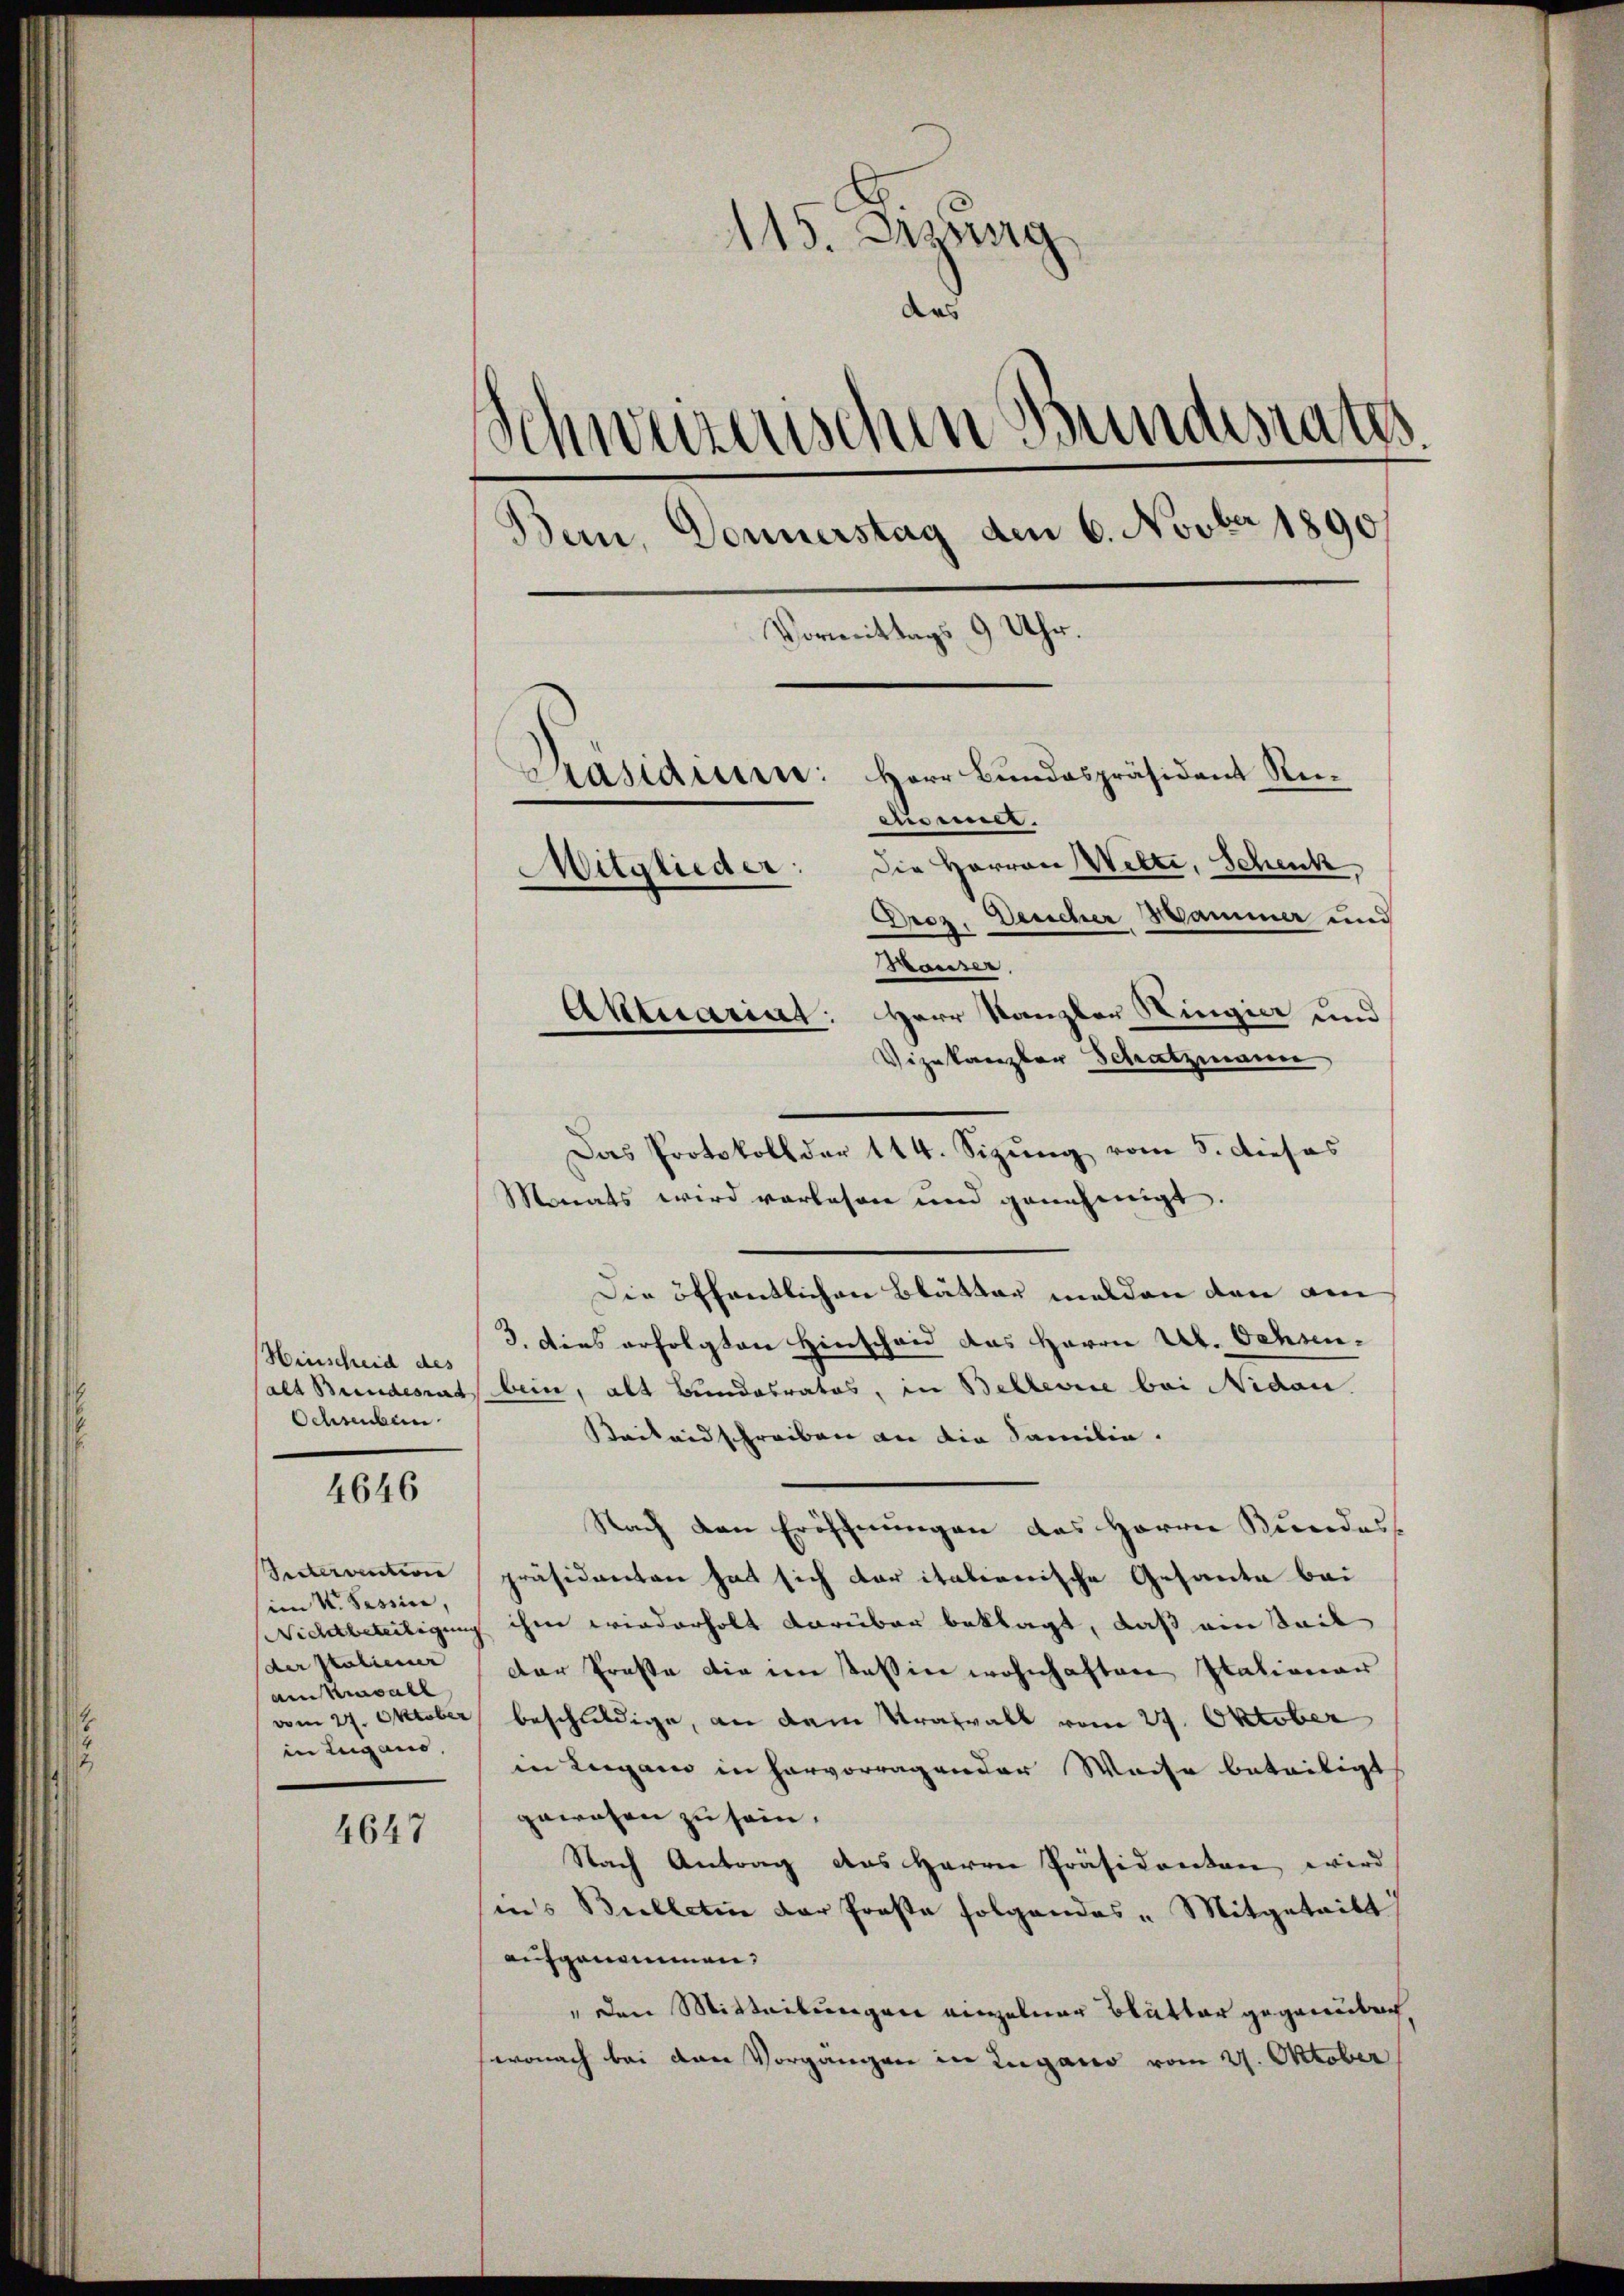
Hinscheid des
alt Bundesrat
Schreiben

4646

Sectervention
im 4. Tessin,
Nichtbeteiligung
der Statienner
aknall
vom 27. Oktober
in Lugano,

4647

115. Dirung
das
¬
¬
urnischen Bundesrates.
e
Bern, Donnerstag den 6. Novber 1890.
Vormittags 9 Uhr.
Herr Bundespräsident Re¬
Präsidium.
cisemes.
Mitglieder: die Herren Welti, Schenk,
Droz. Deucher Hammer und
Mäuser.
Aktuariat: Herr Kanzler Kingier und
Vizekanzler Schatzmann

Monats wird vorlesen und genehmigt.
Die öffentlichen Blätter melden den ain
3. Dies erfolgten Hinschau das Herrn U. Ochsen-
bein, als Bundesrates, in Bellevice bei Nidau.
Kailandschreiben an die Familie.
Nach den Eröffnungen das Herrn Kundess
präsidenten hat sich der italienische Gesante bei
ihme wiederholt darüber beklagt, daß ein Teil
Der Praste die im Tessin wohnhaften Stationar
beschliedige, an dem Trasall vom 27. Oktober
in Lugano in hervorragender Weise beteiligt
gewesen zu sein.
Nach Antrag das Herrn Präsidenten wird
in’s Bielletin der Prose folgendes " Mitgetritt
aufgenommen.
" den Mitteilungen einzelner Blutter gegenüber
wonach bei den Vorgangen in Lugano vom 21. Oktober

Das Protokoll der 114. Sizung vom 5. dieses